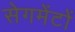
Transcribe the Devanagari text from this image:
सेगमेंटों